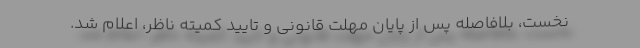
نخست، بلافاصله پس از پایان مهلت قانونی و تایید کمیته ناظر، اعلام ‌شد.